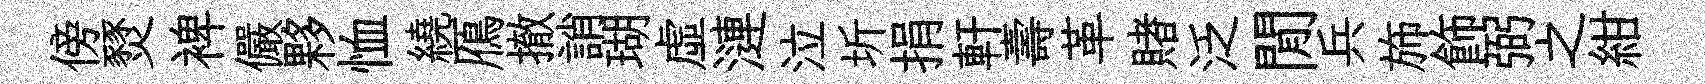
傍燹裨儼夥恤繞鴈撤誚瑚虛漣泣圻捐軒壽革賭泛閒兵斾飾弼之紺